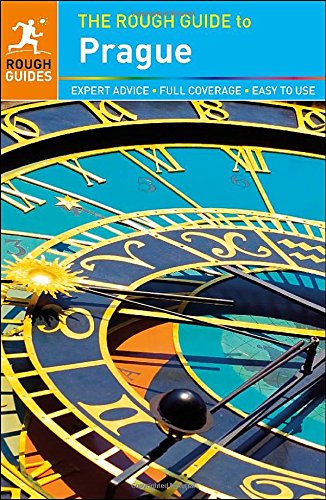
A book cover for The Rough Guide to Prague; Rough Guides; Travel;